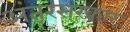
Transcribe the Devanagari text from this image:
अंतरसरकार